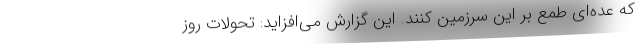
که عده‌ای طمع بر این سرزمین کنند. این گزارش می‌افزاید: تحولات روز